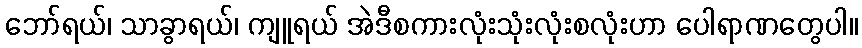
ဘော်ရယ်၊ သာခွာရယ်၊ ကျူရယ် အဲဒီစကားလုံးသုံးလုံးစလုံးဟာ ပေါရာဏတွေပါ။